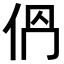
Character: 𠈕